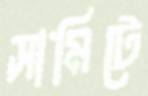
সামিটে